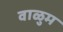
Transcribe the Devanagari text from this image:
वाळुम